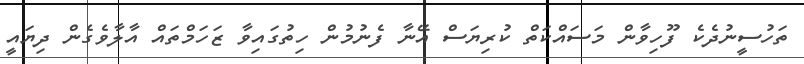
ތަހުސީނުދެކެ ފޫހިވާން މަސައްކަތް ކުރިޔަސް އޭނާ ފެނުމުން ހިތުގައިވާ ޒަހަމްތައް އާލާވެގެން ދިޔައީ